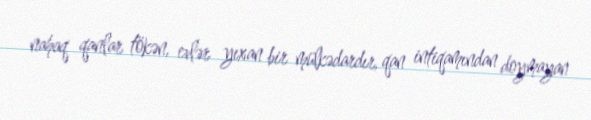
nahaq qanlar tökən, evlər yıxan bir mülkədardır, qan intiqamından doymayan